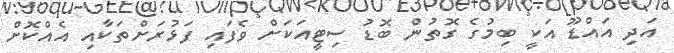
އަދި އައްޑޫ އަކީ ބިމުގެ ގޮތުން ބޮޑު ސިޓީއަކަށް ވެފައި ފަޅުރަށްތަކާއި އެއްކޮށް